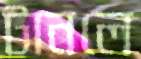
টানলে